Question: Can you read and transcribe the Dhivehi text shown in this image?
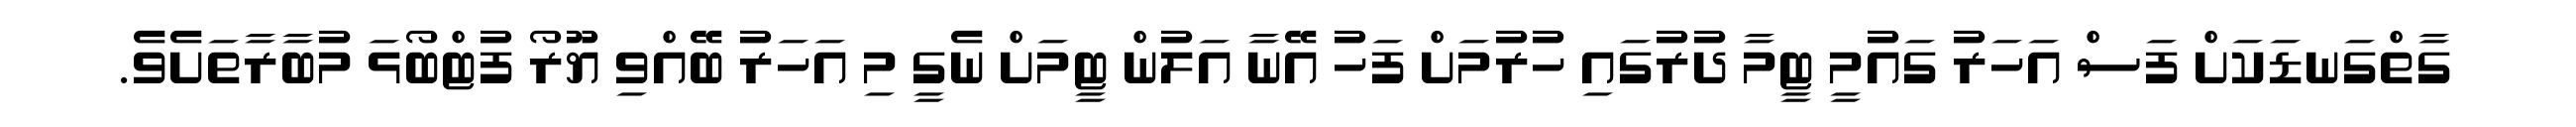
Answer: ގާތްގަނޑަކަށް ފަސް އަހަރު ގައުމީ ޓީމާ ދުރުގައި ހުރުމަށް ފަހު އޭނާ އަލުން ޓީމަށް ނެގީ މި އަހަރު ބޭއްވި ޔޫރޯ ފުޓްބޯޅަ މުބާރާތަށެވެ.